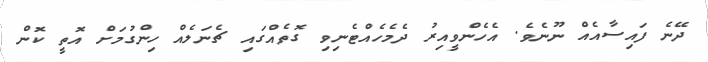
ދޭނެ ފައިސާއެއް ނޫނެވެ. އެހެންވީއިރު ދެމެހެއްޓެނިވި ގޮތެއްގައި ޗެނަލެއް ހިންގުމަށް އޮތީ ކޮން